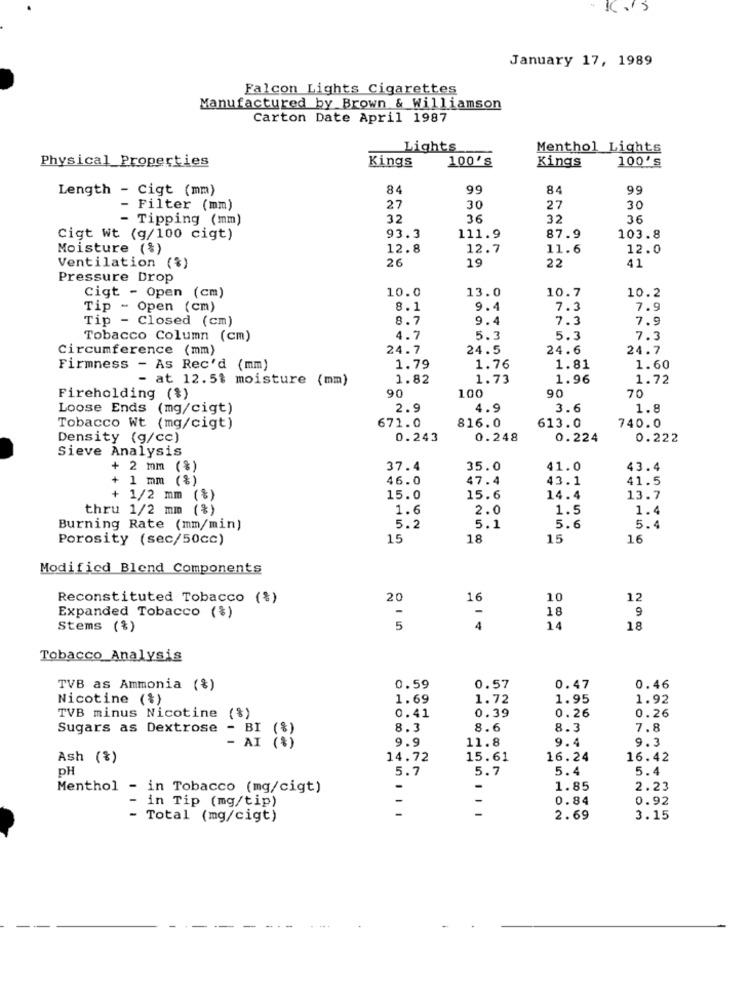
January 17, 1989
Falcon Lights Cigarettes
Manufactured by Brown & Williamson
Carton Date April 1987
Lights
Menthol Lights
Physical Properties
Kings
100's
Kings
100's
Length - Cigt (mm)
84
99
84
99
Filter (mm)
27
30
27
30
- Tipping (mm)
32
36
32
36
Cigt Wt (g/100 cigt)
93.3
111.9
87.9
103.8
Moisture (%)
12.8
12.7
11.6
12.0
26
19
22
Ventilation (%)
41
Pressure Drop
Cigt - Open (cm)
10.0
13.0
10.7
10.2
Tip - Open (cm)
8.1
9.4
7.3
7.9
Tip - Closed (cm)
8.7
9.4
7.3
7.9
Tobacco Column (cm)
4.7
5.3
5.3
7.3
Circumference (mm)
24.7
24.5
24.6
24.7
Firmness - As Rec'd (mm)
1.79
1.76
1.81
1.60
- at 12.5$ moisture (mm)
1.82
1.73
1.96
1.72
Fireholding (%)
90
100
90
70
Loose Ends (mg/cigt)
2.9
4.9
3.6
1.8
671.0
816.0
Tobacco Wt (mg/cigt)
613.0
740.0
Density (g/cc)
0.243
0.248
0.224
0.222
Sieve Analysis
+ 2 mm (%)
37.4
35.0
41.0
43.4
+ 1 mm (%)
46.0
47.4
43.1
41.5
+ 1/2 mm (%)
15.0
15.6
14.4
13.7
thru 1/2 mm (%)
1.6
2.0
1.5
1.4
Burning Rate (mm/min)
5.2
5.1
5.6
5.4
Porosity (sec/50cc)
15
18
15
16
Modified Blend Components
Reconstituted Tobacco (%)
20
16
10
12
-
-
18
9
Expanded Tobacco (%)
Stems (%)
5
4
14
18
Tobacco Analysis
TVB as Ammonia (%)
0.59
0.57
0.47
0.46
Nicotine (%)
1.69
1.72
1.95
1.92
TVB minus Nicotine (%)
0.41
0.39
0.26
0.26
Sugars as Dextrose
- BI
8.3
8.6
8.3
7.8
9.9
9.4
9.3
- AI (S
11.8
Ash (%)
14.72
15.61
16.24
16.42
pH
5.7
5.7
5.4
5.4
Menthol - in Tobacco (mg/cigt)
-
1.85
2.23
- in Tip (mg/tip)
-
-
0.84
0.92
- Total (mg/cigt)
2.69
3.15